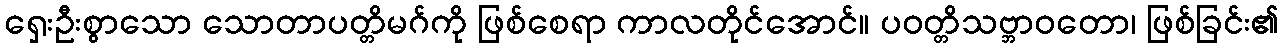
ရှေးဦးစွာသော သောတာပတ္တိမဂ်ကို ဖြစ်စေရာ ကာလတိုင်အောင်။ ပဝတ္တိသဗ္ဘာဝတော၊ ဖြစ်ခြင်း၏